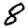
Digit: 8